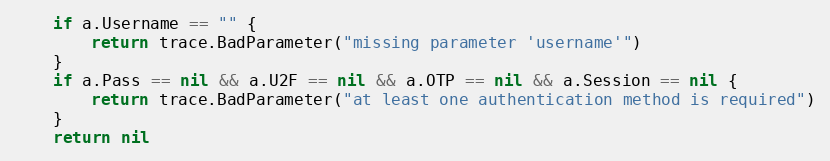
Language: Go
	if a.Username == "" {
		return trace.BadParameter("missing parameter 'username'")
	}
	if a.Pass == nil && a.U2F == nil && a.OTP == nil && a.Session == nil {
		return trace.BadParameter("at least one authentication method is required")
	}
	return nil